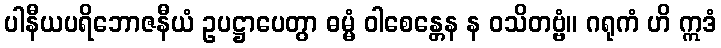
ပါနီယပရိဘောဇနီယံ ဥပဋ္ဌာပေတွာ ဓမ္မံ ဝါစေန္တေန န ဝသိတဗ္ဗံ။ ဂရုကံ ဟိ ဣဒံ